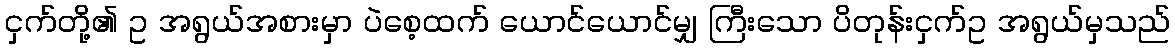
ငှက်တို့၏ ဥ အရွယ်အစားမှာ ပဲစေ့ထက် ယောင်ယောင်မျှ ကြီးသော ပိတုန်းငှက်ဥ အရွယ်မှသည်